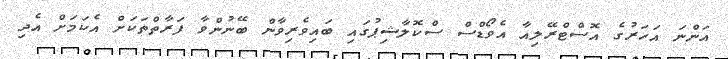
އަންނަ އަހަރުގެ އޮސްޓްރޭލިއާ އެވޯޑްސް ސްކޮލާޝިޕުގައި ބައިވެރިވާން ބޭނުންވާ ފަރާތްތަކަށް އެކަމަށް އެދި